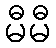
မီမီ